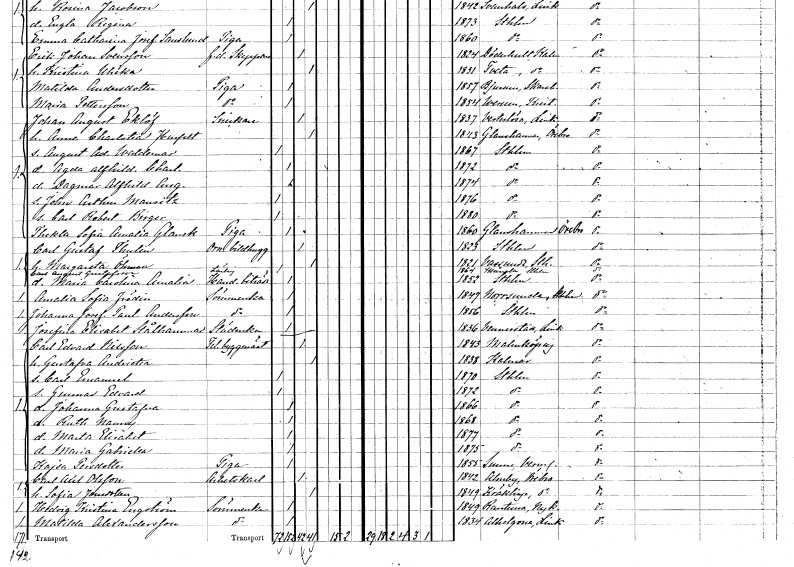
gt_parse: households: individuals: FN: Johan August
EN: Eklöf
YRKE: Snickare
KON: M
CIV: G
FODAR: 1837
FODFORS: Västerlösa Östergötlands län
FN: Anna Charlotta
EN: Husfelt
KON: K
CIV: G
FODAR: 1843
FODFORS: Glanshammar Örebro län
FN: August Adolf Waldemar
KON: M
CIV: O
FODAR: 1867
FODFORS: Stockholm
FN: Agda Alfhild Charlotta
KON: K
CIV: O
FODAR: 1872
FODFORS: Stockholm
FN: Dagmar Alfhild Augusta
KON: K
CIV: O
FODAR: 1874
FODFORS: Stockholm
FN: John Arthur Mauritz
KON: M
CIV: O
FODAR: 1876
FODFORS: Stockholm
FN: Carl Robert Birger
KON: M
CIV: O
FODAR: 1880
FODFORS: Stockholm
FN: Thekla Sofia Amalia
EN: Glansk
YRKE: Piga
KON: K
CIV: O
FODAR: 1860
FODFORS: Glanshammar Örebro län
FN: Carl Gustaf
EN: Thulin
YRKE: Ornamentbildhuggare
KON: M
CIV: G
FODAR: 1823
FODFORS: Stockholm
FN: Margareta
EN: Öhman
KON: K
CIV: G
FODAR: 1821
FODFORS: Vassunda Uppsala län
FN: Maria Carolina Amalia
YRKE: Handelsbiträde
KON: K
CIV: O
FODAR: 1852
FODFORS: Stockholm
FN: Carl August
EN: Gustafsson
YRKE: Lärling
KON: M
CIV: O
FODAR: 1864
FODFORS: Skånela Stockholms län
FN: Amalia Sofia
EN: Frödin
YRKE: Sömmerska
KON: K
CIV: O
FODAR: 1847
FODFORS: Norrsunda Stockholms län
FN: Johanna Josefina Paulina
EN: Andersson
YRKE: Sömmerska
KON: K
CIV: O
FODAR: 1856
FODFORS: Stockholm
FN: Josefina Elisabet
EN: Stålhammar
YRKE: Städerska
KON: K
CIV: O
FODAR: 1836
FODFORS: Vinnerstad Östergötlands län
FN: Carl Edvard
EN: Nilsson
YRKE: Tel.byggmästare
KON: M
CIV: G
FODAR: 1843
FODFORS: Malmköping Södermanlands län
FN: Gustafva Andrietta
KON: K
CIV: G
FODAR: 1838
FODFORS: Kalmar Kalmar län
FN: Carl Emanuel
KON: M
CIV: O
FODAR: 1870
FODFORS: Stockholm
FN: Gunnar Edvard
KON: M
CIV: O
FODAR: 1872
FODFORS: Stockholm
FN: Johanna Gustafva
KON: K
CIV: O
FODAR: 1866
FODFORS: Stockholm
FN: Ruth Nanny
KON: K
CIV: O
FODAR: 1868
FODFORS: Stockholm
FN: Marta Elisabet
KON: K
CIV: O
FODAR: 1877
FODFORS: Stockholm
FN: Maria Gabriella
KON: K
CIV: O
FODAR: 1875
FODFORS: Stockholm
FN: Kajsa
EN: Persdotter
YRKE: Piga
KON: K
CIV: O
FODAR: 1855
FODFORS: Sunne Värmlands län
FN: Carl Axel
EN: Olsson
YRKE: Arbetskarl
KON: M
CIV: G
FODAR: 1842
FODFORS: Almby Örebro län
FN: Sofia
EN: Jonsdotter
KON: K
CIV: G
FODAR: 1849
FODFORS: Kräcklinge Örebro län
FN: Hedvig Kristina
EN: Engström
YRKE: Sömmerska
KON: K
CIV: O
FODAR: 1849
FODFORS: Runtuna Södermanlands län
FN: Matilda
EN: Alexandersson
YRKE: Sömmerska
KON: K
CIV: O
FODAR: 1834
FODFORS: Allhelgona Östergötlands län